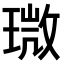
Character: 𤨉